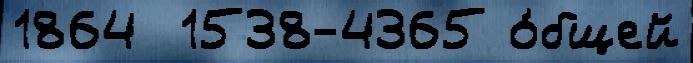
1864  1538-4365 о́бщей